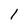
Character: l